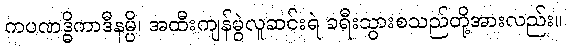
ကပဏဒ္ဓိကာဒီနမ္ပိ၊ အထီးကျန်မွဲလူဆင်းရဲ ခရီးသွားစသည်တို့အားလည်း။